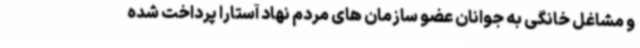
و مشاغل خانگی به جوانان عضو سازمان های مردم نهاد آستارا پرداخت شده